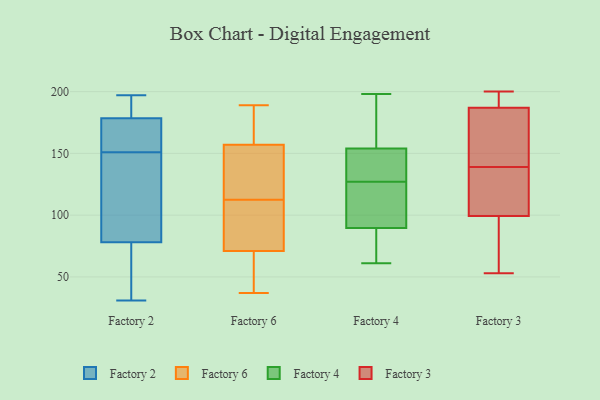
{"axis": {"x": "Revenue (USD Million)", "y": "Value"}, "legend": ["Factory 2", "Factory 3", "Factory 4", "Factory 6"], "data": [{"x": "", "y": 181, "type": "Factory 2"}, {"x": "", "y": 109, "type": "Factory 2"}, {"x": "", "y": 176, "type": "Factory 2"}, {"x": "", "y": 171, "type": "Factory 2"}, {"x": "", "y": 194, "type": "Factory 2"}, {"x": "", "y": 31, "type": "Factory 2"}, {"x": "", "y": 197, "type": "Factory 2"}, {"x": "", "y": 133, "type": "Factory 2"}, {"x": "", "y": 169, "type": "Factory 2"}, {"x": "", "y": 89, "type": "Factory 2"}, {"x": "", "y": 53, "type": "Factory 2"}, {"x": "", "y": 67, "type": "Factory 2"}, {"x": "", "y": 38, "type": "Factory 6"}, {"x": "", "y": 37, "type": "Factory 6"}, {"x": "", "y": 136, "type": "Factory 6"}, {"x": "", "y": 155, "type": "Factory 6"}, {"x": "", "y": 189, "type": "Factory 6"}, {"x": "", "y": 76, "type": "Factory 6"}, {"x": "", "y": 111, "type": "Factory 6"}, {"x": "", "y": 150, "type": "Factory 6"}, {"x": "", "y": 114, "type": "Factory 6"}, {"x": "", "y": 93, "type": "Factory 6"}, {"x": "", "y": 76, "type": "Factory 6"}, {"x": "", "y": 159, "type": "Factory 6"}, {"x": "", "y": 58, "type": "Factory 6"}, {"x": "", "y": 66, "type": "Factory 6"}, {"x": "", "y": 159, "type": "Factory 6"}, {"x": "", "y": 175, "type": "Factory 6"}, {"x": "", "y": 136, "type": "Factory 4"}, {"x": "", "y": 185, "type": "Factory 4"}, {"x": "", "y": 107, "type": "Factory 4"}, {"x": "", "y": 103, "type": "Factory 4"}, {"x": "", "y": 198, "type": "Factory 4"}, {"x": "", "y": 127, "type": "Factory 4"}, {"x": "", "y": 73, "type": "Factory 4"}, {"x": "", "y": 193, "type": "Factory 4"}, {"x": "", "y": 126, "type": "Factory 4"}, {"x": "", "y": 85, "type": "Factory 4"}, {"x": "", "y": 61, "type": "Factory 4"}, {"x": "", "y": 155, "type": "Factory 4"}, {"x": "", "y": 62, "type": "Factory 4"}, {"x": "", "y": 151, "type": "Factory 4"}, {"x": "", "y": 148, "type": "Factory 4"}, {"x": "", "y": 187, "type": "Factory 3"}, {"x": "", "y": 187, "type": "Factory 3"}, {"x": "", "y": 139, "type": "Factory 3"}, {"x": "", "y": 76, "type": "Factory 3"}, {"x": "", "y": 200, "type": "Factory 3"}, {"x": "", "y": 198, "type": "Factory 3"}, {"x": "", "y": 110, "type": "Factory 3"}, {"x": "", "y": 118, "type": "Factory 3"}, {"x": "", "y": 157, "type": "Factory 3"}, {"x": "", "y": 107, "type": "Factory 3"}, {"x": "", "y": 60, "type": "Factory 3"}, {"x": "", "y": 157, "type": "Factory 3"}, {"x": "", "y": 53, "type": "Factory 3"}]}